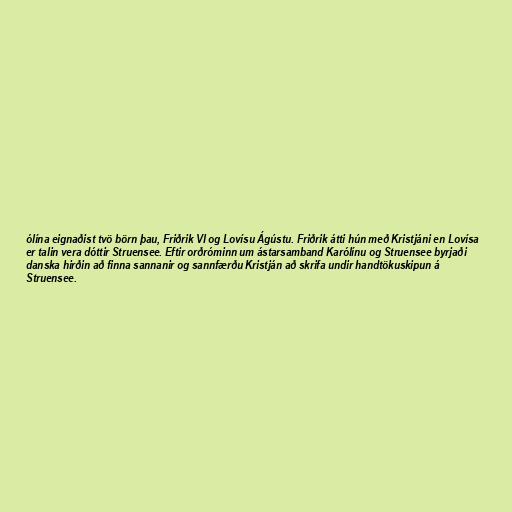
ólína eignaðist tvö börn þau, Friðrik VI og Lovísu Ágústu. Friðrik átti hún með Kristjáni en Lovísa
er talin vera dóttir Struensee. Eftir orðróminn um ástarsamband Karólínu og Struensee byrjaði
danska hirðin að finna sannanir og sannfærðu Kristján að skrifa undir handtökuskipun á
Struensee.